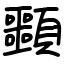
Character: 䫷